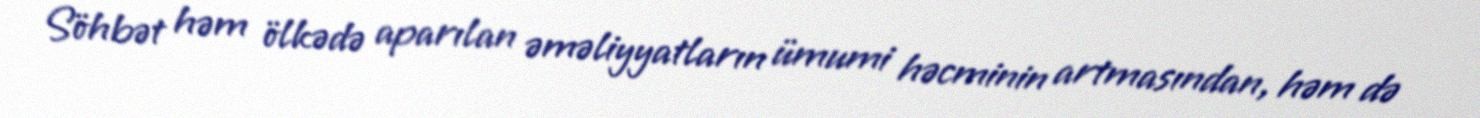
Söhbət həm ölkədə aparılan əməliyyatların ümumi həcminin artmasından, həm də